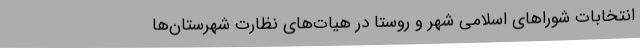
انتخابات شورا‌های اسلامی شهر و روستا در هیات‌های نظارت شهرستان‌ها